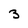
Character: 3